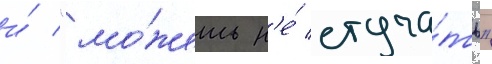
и́ "мо́жешь н'е́ стуча́ть"